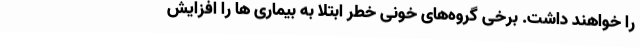
را خواهند داشت. برخی گروه‌های خونی خطر ابتلا به بیماری‌ ها را افزایش